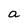
Character: a